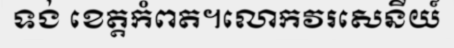
ទង់ ខេត្តកំពត។លោកវរសេនីយ៍